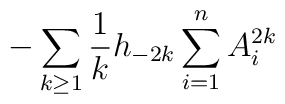
-\sum\limits_{k \ge 1}{1\over k}h_{-2k}\sum\limits _{i=1}^nA_i^{2k}